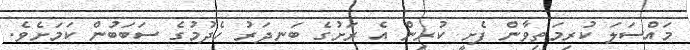
މައްސަލަ ކުރިމަތިވާން ފެށީ ކުރިން އެ ރަށުގެ ބަނދަރު ހެދުމުގެ ސަބަބުން ކަމަށެވެ.